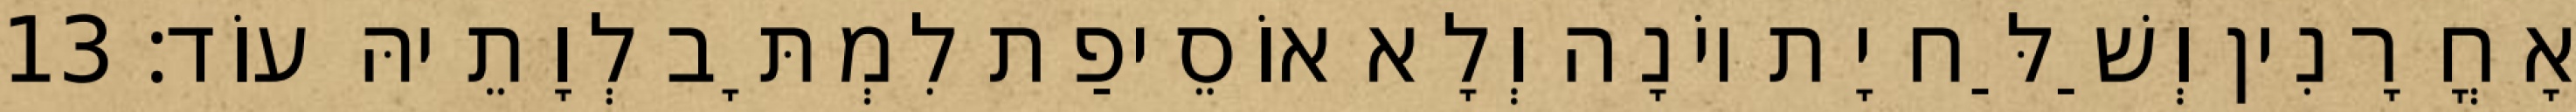
אָחֳרָנִין וְשַׁלַּח יָת יוֹנָה וְלָא אוֹסֵיפַת לִמְתָּב לְוָתֵיהּ עוֹד׃ 13